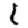
Digit: 1